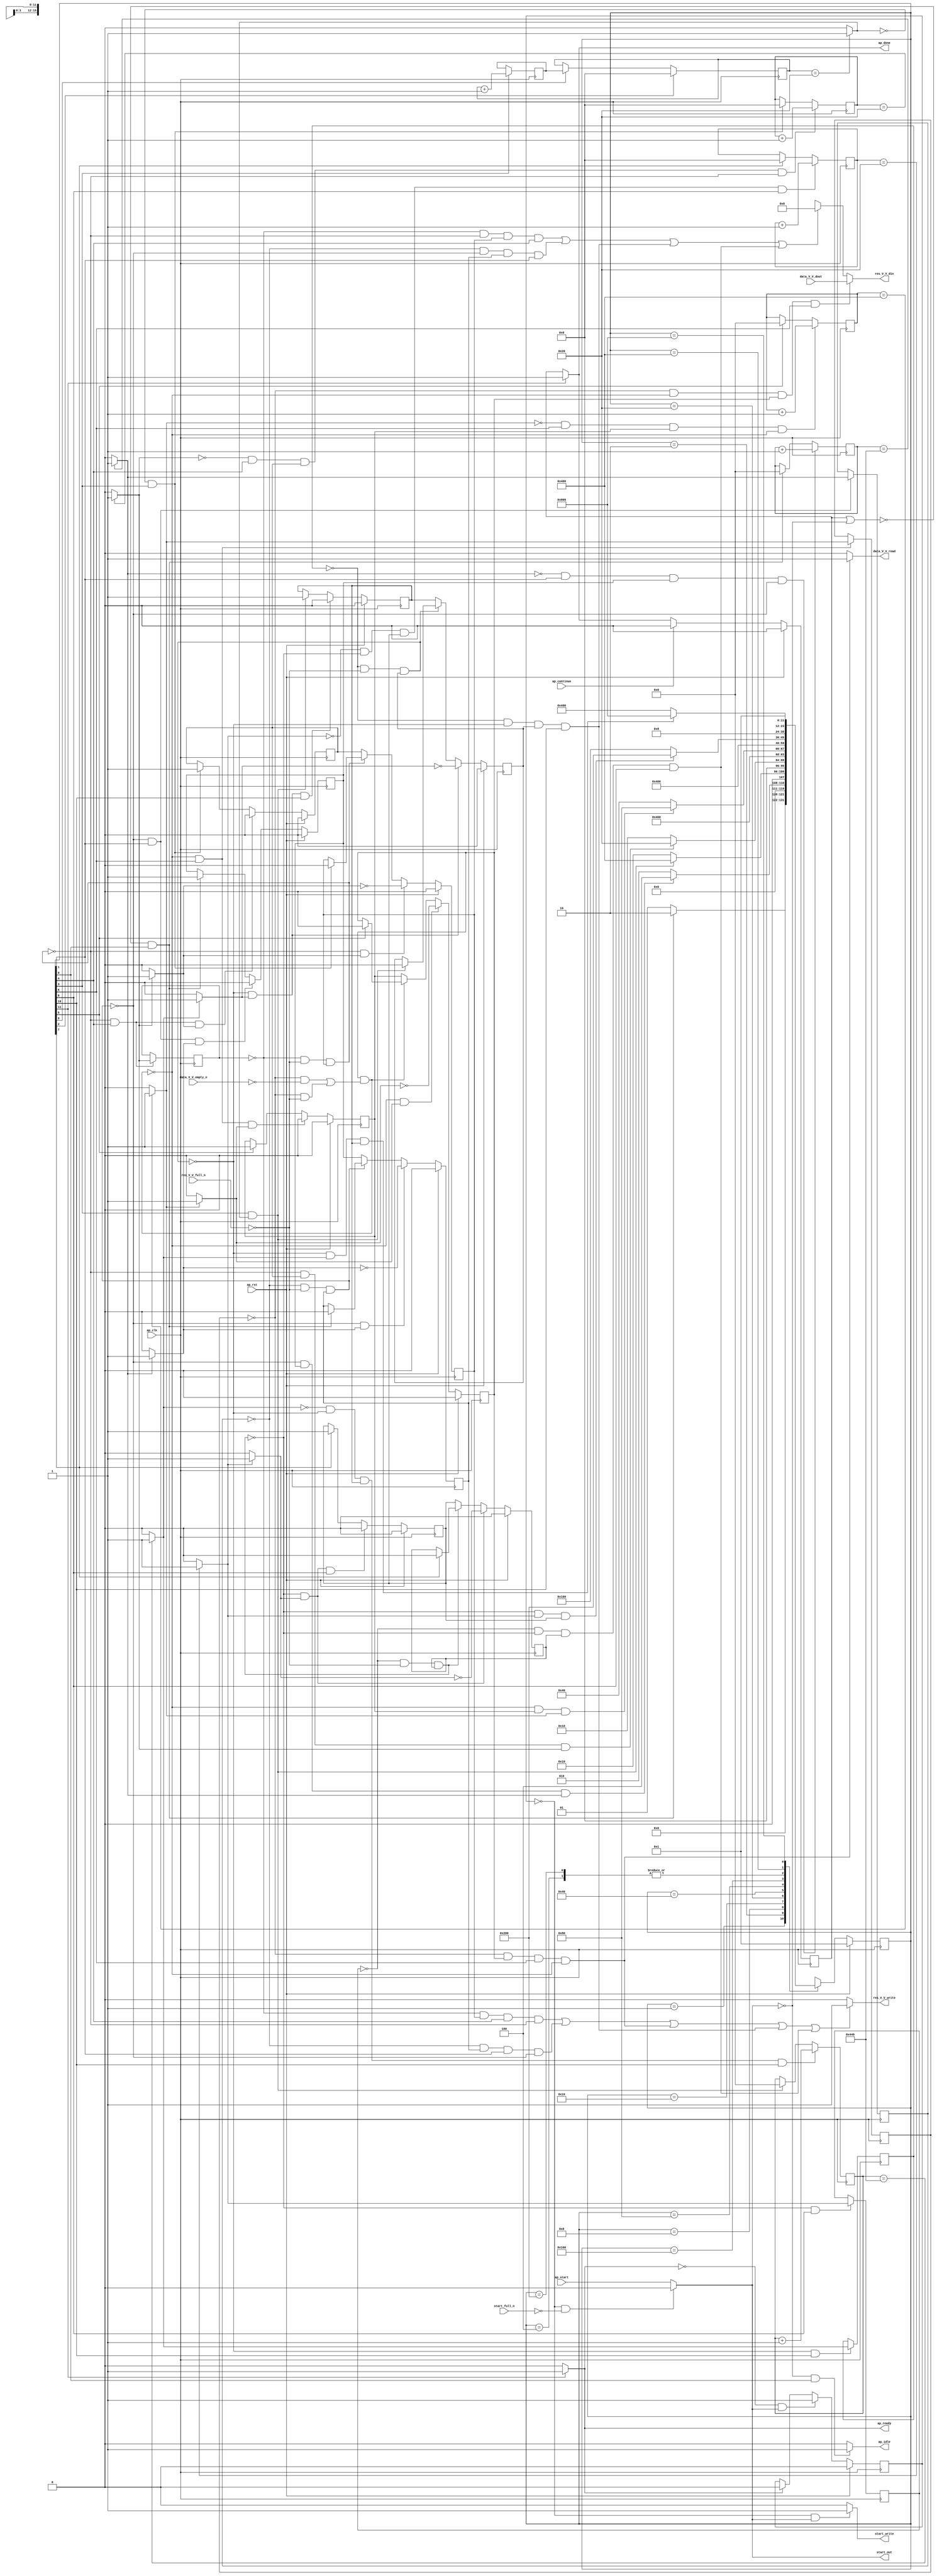
// ==============================================================
// RTL generated by Vivado(TM) HLS - High-Level Synthesis from C, C++ and OpenCL
// Version: 2019.2
// Copyright (C) 1986-2019 Xilinx, Inc. All Rights Reserved.
// 
// ===========================================================

`timescale 1 ns / 1 ps 

module zeropad2d_cl_ss_ap_fixed_ap_fixed_config29_s (
        ap_clk,
        ap_rst,
        ap_start,
        start_full_n,
        ap_done,
        ap_continue,
        ap_idle,
        ap_ready,
        start_out,
        start_write,
        data_V_V_dout,
        data_V_V_empty_n,
        data_V_V_read,
        res_V_V_din,
        res_V_V_full_n,
        res_V_V_write
);

parameter    ap_ST_fsm_state1 = 12'd1;
parameter    ap_ST_fsm_pp0_stage0 = 12'd2;
parameter    ap_ST_fsm_state4 = 12'd4;
parameter    ap_ST_fsm_state5 = 12'd8;
parameter    ap_ST_fsm_pp1_stage0 = 12'd16;
parameter    ap_ST_fsm_state8 = 12'd32;
parameter    ap_ST_fsm_pp2_stage0 = 12'd64;
parameter    ap_ST_fsm_state11 = 12'd128;
parameter    ap_ST_fsm_pp3_stage0 = 12'd256;
parameter    ap_ST_fsm_state14 = 12'd512;
parameter    ap_ST_fsm_pp4_stage0 = 12'd1024;
parameter    ap_ST_fsm_state17 = 12'd2048;

input   ap_clk;
input   ap_rst;
input   ap_start;
input   start_full_n;
output   ap_done;
input   ap_continue;
output   ap_idle;
output   ap_ready;
output   start_out;
output   start_write;
input  [15:0] data_V_V_dout;
input   data_V_V_empty_n;
output   data_V_V_read;
output  [15:0] res_V_V_din;
input   res_V_V_full_n;
output   res_V_V_write;

reg ap_done;
reg ap_idle;
reg start_write;
reg data_V_V_read;
reg[15:0] res_V_V_din;
reg res_V_V_write;

reg    real_start;
reg    start_once_reg;
reg    ap_done_reg;
(* fsm_encoding = "none" *) reg   [11:0] ap_CS_fsm;
wire    ap_CS_fsm_state1;
reg    internal_ap_ready;
reg    data_V_V_blk_n;
wire    ap_CS_fsm_pp2_stage0;
reg    ap_enable_reg_pp2_iter1;
wire    ap_block_pp2_stage0;
reg   [0:0] icmp_ln121_reg_280;
reg    res_V_V_blk_n;
wire    ap_CS_fsm_pp0_stage0;
reg    ap_enable_reg_pp0_iter1;
wire    ap_block_pp0_stage0;
reg   [0:0] icmp_ln112_reg_253;
wire    ap_CS_fsm_pp1_stage0;
reg    ap_enable_reg_pp1_iter1;
wire    ap_block_pp1_stage0;
reg   [0:0] icmp_ln24_reg_271;
wire    ap_CS_fsm_pp3_stage0;
reg    ap_enable_reg_pp3_iter1;
wire    ap_block_pp3_stage0;
reg   [0:0] icmp_ln24_4_reg_289;
wire    ap_CS_fsm_pp4_stage0;
reg    ap_enable_reg_pp4_iter1;
wire    ap_block_pp4_stage0;
reg   [0:0] icmp_ln130_reg_298;
reg   [10:0] indvar_flatten_reg_115;
reg   [5:0] c_0_i28_reg_137;
reg   [10:0] indvar_flatten11_reg_148;
reg   [5:0] c_0_i22_reg_159;
reg   [10:0] indvar_flatten23_reg_170;
wire   [0:0] icmp_ln112_fu_181_p2;
wire    ap_block_state2_pp0_stage0_iter0;
reg    ap_block_state3_pp0_stage0_iter1;
reg    ap_block_pp0_stage0_11001;
wire   [10:0] add_ln112_fu_187_p2;
reg    ap_enable_reg_pp0_iter0;
wire   [0:0] icmp_ln117_fu_193_p2;
wire    ap_CS_fsm_state5;
wire   [5:0] i_fu_199_p2;
reg   [5:0] i_reg_266;
wire   [0:0] icmp_ln24_fu_205_p2;
wire    ap_block_state6_pp1_stage0_iter0;
reg    ap_block_state7_pp1_stage0_iter1;
reg    ap_block_pp1_stage0_11001;
wire   [5:0] c_fu_211_p2;
reg    ap_enable_reg_pp1_iter0;
wire   [0:0] icmp_ln121_fu_217_p2;
wire    ap_block_state9_pp2_stage0_iter0;
reg    ap_block_state10_pp2_stage0_iter1;
reg    ap_block_pp2_stage0_11001;
wire   [10:0] add_ln121_fu_223_p2;
reg    ap_enable_reg_pp2_iter0;
wire   [0:0] icmp_ln24_4_fu_229_p2;
wire    ap_block_state12_pp3_stage0_iter0;
reg    ap_block_state13_pp3_stage0_iter1;
reg    ap_block_pp3_stage0_11001;
wire   [5:0] c_4_fu_235_p2;
reg    ap_enable_reg_pp3_iter0;
wire   [0:0] icmp_ln130_fu_241_p2;
wire    ap_block_state15_pp4_stage0_iter0;
reg    ap_block_state16_pp4_stage0_iter1;
reg    ap_block_pp4_stage0_11001;
wire   [10:0] add_ln130_fu_247_p2;
reg    ap_enable_reg_pp4_iter0;
reg    ap_block_state1;
reg    ap_block_pp0_stage0_subdone;
reg    ap_condition_pp0_exit_iter0_state2;
reg    ap_block_pp1_stage0_subdone;
reg    ap_condition_pp1_exit_iter0_state6;
wire    ap_CS_fsm_state8;
reg    ap_block_pp2_stage0_subdone;
reg    ap_condition_pp2_exit_iter0_state9;
wire    ap_CS_fsm_state11;
reg    ap_block_pp3_stage0_subdone;
reg    ap_condition_pp3_exit_iter0_state12;
reg    ap_block_pp4_stage0_subdone;
reg    ap_condition_pp4_exit_iter0_state15;
reg   [5:0] i1_0_reg_126;
wire    ap_CS_fsm_state14;
wire    ap_CS_fsm_state4;
reg    ap_block_pp0_stage0_01001;
reg    ap_block_pp1_stage0_01001;
reg    ap_block_pp2_stage0_01001;
reg    ap_block_pp3_stage0_01001;
reg    ap_block_pp4_stage0_01001;
wire    ap_CS_fsm_state17;
reg   [11:0] ap_NS_fsm;
reg    ap_idle_pp0;
wire    ap_enable_pp0;
reg    ap_idle_pp1;
wire    ap_enable_pp1;
reg    ap_idle_pp2;
wire    ap_enable_pp2;
reg    ap_idle_pp3;
wire    ap_enable_pp3;
reg    ap_idle_pp4;
wire    ap_enable_pp4;

// power-on initialization
initial begin
#0 start_once_reg = 1'b0;
#0 ap_done_reg = 1'b0;
#0 ap_CS_fsm = 12'd1;
#0 ap_enable_reg_pp2_iter1 = 1'b0;
#0 ap_enable_reg_pp0_iter1 = 1'b0;
#0 ap_enable_reg_pp1_iter1 = 1'b0;
#0 ap_enable_reg_pp3_iter1 = 1'b0;
#0 ap_enable_reg_pp4_iter1 = 1'b0;
#0 ap_enable_reg_pp0_iter0 = 1'b0;
#0 ap_enable_reg_pp1_iter0 = 1'b0;
#0 ap_enable_reg_pp2_iter0 = 1'b0;
#0 ap_enable_reg_pp3_iter0 = 1'b0;
#0 ap_enable_reg_pp4_iter0 = 1'b0;
end

always @ (posedge ap_clk) begin
    if (ap_rst == 1'b1) begin
        ap_CS_fsm <= ap_ST_fsm_state1;
    end else begin
        ap_CS_fsm <= ap_NS_fsm;
    end
end

always @ (posedge ap_clk) begin
    if (ap_rst == 1'b1) begin
        ap_done_reg <= 1'b0;
    end else begin
        if ((ap_continue == 1'b1)) begin
            ap_done_reg <= 1'b0;
        end else if ((1'b1 == ap_CS_fsm_state17)) begin
            ap_done_reg <= 1'b1;
        end
    end
end

always @ (posedge ap_clk) begin
    if (ap_rst == 1'b1) begin
        ap_enable_reg_pp0_iter0 <= 1'b0;
    end else begin
        if (((1'b0 == ap_block_pp0_stage0_subdone) & (1'b1 == ap_CS_fsm_pp0_stage0) & (1'b1 == ap_condition_pp0_exit_iter0_state2))) begin
            ap_enable_reg_pp0_iter0 <= 1'b0;
        end else if ((~((ap_done_reg == 1'b1) | (real_start == 1'b0)) & (1'b1 == ap_CS_fsm_state1))) begin
            ap_enable_reg_pp0_iter0 <= 1'b1;
        end
    end
end

always @ (posedge ap_clk) begin
    if (ap_rst == 1'b1) begin
        ap_enable_reg_pp0_iter1 <= 1'b0;
    end else begin
        if (((1'b0 == ap_block_pp0_stage0_subdone) & (1'b1 == ap_condition_pp0_exit_iter0_state2))) begin
            ap_enable_reg_pp0_iter1 <= (1'b1 ^ ap_condition_pp0_exit_iter0_state2);
        end else if ((1'b0 == ap_block_pp0_stage0_subdone)) begin
            ap_enable_reg_pp0_iter1 <= ap_enable_reg_pp0_iter0;
        end else if ((~((ap_done_reg == 1'b1) | (real_start == 1'b0)) & (1'b1 == ap_CS_fsm_state1))) begin
            ap_enable_reg_pp0_iter1 <= 1'b0;
        end
    end
end

always @ (posedge ap_clk) begin
    if (ap_rst == 1'b1) begin
        ap_enable_reg_pp1_iter0 <= 1'b0;
    end else begin
        if (((1'b0 == ap_block_pp1_stage0_subdone) & (1'b1 == ap_CS_fsm_pp1_stage0) & (1'b1 == ap_condition_pp1_exit_iter0_state6))) begin
            ap_enable_reg_pp1_iter0 <= 1'b0;
        end else if (((icmp_ln117_fu_193_p2 == 1'd0) & (1'b1 == ap_CS_fsm_state5))) begin
            ap_enable_reg_pp1_iter0 <= 1'b1;
        end
    end
end

always @ (posedge ap_clk) begin
    if (ap_rst == 1'b1) begin
        ap_enable_reg_pp1_iter1 <= 1'b0;
    end else begin
        if (((1'b0 == ap_block_pp1_stage0_subdone) & (1'b1 == ap_condition_pp1_exit_iter0_state6))) begin
            ap_enable_reg_pp1_iter1 <= (1'b1 ^ ap_condition_pp1_exit_iter0_state6);
        end else if ((1'b0 == ap_block_pp1_stage0_subdone)) begin
            ap_enable_reg_pp1_iter1 <= ap_enable_reg_pp1_iter0;
        end else if (((icmp_ln117_fu_193_p2 == 1'd0) & (1'b1 == ap_CS_fsm_state5))) begin
            ap_enable_reg_pp1_iter1 <= 1'b0;
        end
    end
end

always @ (posedge ap_clk) begin
    if (ap_rst == 1'b1) begin
        ap_enable_reg_pp2_iter0 <= 1'b0;
    end else begin
        if (((1'b0 == ap_block_pp2_stage0_subdone) & (1'b1 == ap_CS_fsm_pp2_stage0) & (1'b1 == ap_condition_pp2_exit_iter0_state9))) begin
            ap_enable_reg_pp2_iter0 <= 1'b0;
        end else if ((1'b1 == ap_CS_fsm_state8)) begin
            ap_enable_reg_pp2_iter0 <= 1'b1;
        end
    end
end

always @ (posedge ap_clk) begin
    if (ap_rst == 1'b1) begin
        ap_enable_reg_pp2_iter1 <= 1'b0;
    end else begin
        if (((1'b0 == ap_block_pp2_stage0_subdone) & (1'b1 == ap_condition_pp2_exit_iter0_state9))) begin
            ap_enable_reg_pp2_iter1 <= (1'b1 ^ ap_condition_pp2_exit_iter0_state9);
        end else if ((1'b0 == ap_block_pp2_stage0_subdone)) begin
            ap_enable_reg_pp2_iter1 <= ap_enable_reg_pp2_iter0;
        end else if ((1'b1 == ap_CS_fsm_state8)) begin
            ap_enable_reg_pp2_iter1 <= 1'b0;
        end
    end
end

always @ (posedge ap_clk) begin
    if (ap_rst == 1'b1) begin
        ap_enable_reg_pp3_iter0 <= 1'b0;
    end else begin
        if (((1'b0 == ap_block_pp3_stage0_subdone) & (1'b1 == ap_condition_pp3_exit_iter0_state12) & (1'b1 == ap_CS_fsm_pp3_stage0))) begin
            ap_enable_reg_pp3_iter0 <= 1'b0;
        end else if ((1'b1 == ap_CS_fsm_state11)) begin
            ap_enable_reg_pp3_iter0 <= 1'b1;
        end
    end
end

always @ (posedge ap_clk) begin
    if (ap_rst == 1'b1) begin
        ap_enable_reg_pp3_iter1 <= 1'b0;
    end else begin
        if (((1'b0 == ap_block_pp3_stage0_subdone) & (1'b1 == ap_condition_pp3_exit_iter0_state12))) begin
            ap_enable_reg_pp3_iter1 <= (1'b1 ^ ap_condition_pp3_exit_iter0_state12);
        end else if ((1'b0 == ap_block_pp3_stage0_subdone)) begin
            ap_enable_reg_pp3_iter1 <= ap_enable_reg_pp3_iter0;
        end else if ((1'b1 == ap_CS_fsm_state11)) begin
            ap_enable_reg_pp3_iter1 <= 1'b0;
        end
    end
end

always @ (posedge ap_clk) begin
    if (ap_rst == 1'b1) begin
        ap_enable_reg_pp4_iter0 <= 1'b0;
    end else begin
        if (((1'b0 == ap_block_pp4_stage0_subdone) & (1'b1 == ap_condition_pp4_exit_iter0_state15) & (1'b1 == ap_CS_fsm_pp4_stage0))) begin
            ap_enable_reg_pp4_iter0 <= 1'b0;
        end else if (((1'b1 == ap_CS_fsm_state5) & (icmp_ln117_fu_193_p2 == 1'd1))) begin
            ap_enable_reg_pp4_iter0 <= 1'b1;
        end
    end
end

always @ (posedge ap_clk) begin
    if (ap_rst == 1'b1) begin
        ap_enable_reg_pp4_iter1 <= 1'b0;
    end else begin
        if (((1'b0 == ap_block_pp4_stage0_subdone) & (1'b1 == ap_condition_pp4_exit_iter0_state15))) begin
            ap_enable_reg_pp4_iter1 <= (1'b1 ^ ap_condition_pp4_exit_iter0_state15);
        end else if ((1'b0 == ap_block_pp4_stage0_subdone)) begin
            ap_enable_reg_pp4_iter1 <= ap_enable_reg_pp4_iter0;
        end else if (((1'b1 == ap_CS_fsm_state5) & (icmp_ln117_fu_193_p2 == 1'd1))) begin
            ap_enable_reg_pp4_iter1 <= 1'b0;
        end
    end
end

always @ (posedge ap_clk) begin
    if (ap_rst == 1'b1) begin
        start_once_reg <= 1'b0;
    end else begin
        if (((internal_ap_ready == 1'b0) & (real_start == 1'b1))) begin
            start_once_reg <= 1'b1;
        end else if ((internal_ap_ready == 1'b1)) begin
            start_once_reg <= 1'b0;
        end
    end
end

always @ (posedge ap_clk) begin
    if (((icmp_ln24_4_fu_229_p2 == 1'd0) & (1'b0 == ap_block_pp3_stage0_11001) & (ap_enable_reg_pp3_iter0 == 1'b1) & (1'b1 == ap_CS_fsm_pp3_stage0))) begin
        c_0_i22_reg_159 <= c_4_fu_235_p2;
    end else if ((1'b1 == ap_CS_fsm_state11)) begin
        c_0_i22_reg_159 <= 6'd0;
    end
end

always @ (posedge ap_clk) begin
    if (((icmp_ln24_fu_205_p2 == 1'd0) & (1'b1 == ap_CS_fsm_pp1_stage0) & (ap_enable_reg_pp1_iter0 == 1'b1) & (1'b0 == ap_block_pp1_stage0_11001))) begin
        c_0_i28_reg_137 <= c_fu_211_p2;
    end else if (((icmp_ln117_fu_193_p2 == 1'd0) & (1'b1 == ap_CS_fsm_state5))) begin
        c_0_i28_reg_137 <= 6'd0;
    end
end

always @ (posedge ap_clk) begin
    if ((1'b1 == ap_CS_fsm_state4)) begin
        i1_0_reg_126 <= 6'd0;
    end else if ((1'b1 == ap_CS_fsm_state14)) begin
        i1_0_reg_126 <= i_reg_266;
    end
end

always @ (posedge ap_clk) begin
    if (((icmp_ln121_fu_217_p2 == 1'd0) & (1'b1 == ap_CS_fsm_pp2_stage0) & (ap_enable_reg_pp2_iter0 == 1'b1) & (1'b0 == ap_block_pp2_stage0_11001))) begin
        indvar_flatten11_reg_148 <= add_ln121_fu_223_p2;
    end else if ((1'b1 == ap_CS_fsm_state8)) begin
        indvar_flatten11_reg_148 <= 11'd0;
    end
end

always @ (posedge ap_clk) begin
    if (((icmp_ln130_fu_241_p2 == 1'd0) & (1'b0 == ap_block_pp4_stage0_11001) & (ap_enable_reg_pp4_iter0 == 1'b1) & (1'b1 == ap_CS_fsm_pp4_stage0))) begin
        indvar_flatten23_reg_170 <= add_ln130_fu_247_p2;
    end else if (((1'b1 == ap_CS_fsm_state5) & (icmp_ln117_fu_193_p2 == 1'd1))) begin
        indvar_flatten23_reg_170 <= 11'd0;
    end
end

always @ (posedge ap_clk) begin
    if (((icmp_ln112_fu_181_p2 == 1'd0) & (1'b1 == ap_CS_fsm_pp0_stage0) & (ap_enable_reg_pp0_iter0 == 1'b1) & (1'b0 == ap_block_pp0_stage0_11001))) begin
        indvar_flatten_reg_115 <= add_ln112_fu_187_p2;
    end else if ((~((ap_done_reg == 1'b1) | (real_start == 1'b0)) & (1'b1 == ap_CS_fsm_state1))) begin
        indvar_flatten_reg_115 <= 11'd0;
    end
end

always @ (posedge ap_clk) begin
    if ((1'b1 == ap_CS_fsm_state5)) begin
        i_reg_266 <= i_fu_199_p2;
    end
end

always @ (posedge ap_clk) begin
    if (((1'b1 == ap_CS_fsm_pp0_stage0) & (1'b0 == ap_block_pp0_stage0_11001))) begin
        icmp_ln112_reg_253 <= icmp_ln112_fu_181_p2;
    end
end

always @ (posedge ap_clk) begin
    if (((1'b1 == ap_CS_fsm_pp2_stage0) & (1'b0 == ap_block_pp2_stage0_11001))) begin
        icmp_ln121_reg_280 <= icmp_ln121_fu_217_p2;
    end
end

always @ (posedge ap_clk) begin
    if (((1'b0 == ap_block_pp4_stage0_11001) & (1'b1 == ap_CS_fsm_pp4_stage0))) begin
        icmp_ln130_reg_298 <= icmp_ln130_fu_241_p2;
    end
end

always @ (posedge ap_clk) begin
    if (((1'b0 == ap_block_pp3_stage0_11001) & (1'b1 == ap_CS_fsm_pp3_stage0))) begin
        icmp_ln24_4_reg_289 <= icmp_ln24_4_fu_229_p2;
    end
end

always @ (posedge ap_clk) begin
    if (((1'b1 == ap_CS_fsm_pp1_stage0) & (1'b0 == ap_block_pp1_stage0_11001))) begin
        icmp_ln24_reg_271 <= icmp_ln24_fu_205_p2;
    end
end

always @ (*) begin
    if ((icmp_ln112_fu_181_p2 == 1'd1)) begin
        ap_condition_pp0_exit_iter0_state2 = 1'b1;
    end else begin
        ap_condition_pp0_exit_iter0_state2 = 1'b0;
    end
end

always @ (*) begin
    if ((icmp_ln24_fu_205_p2 == 1'd1)) begin
        ap_condition_pp1_exit_iter0_state6 = 1'b1;
    end else begin
        ap_condition_pp1_exit_iter0_state6 = 1'b0;
    end
end

always @ (*) begin
    if ((icmp_ln121_fu_217_p2 == 1'd1)) begin
        ap_condition_pp2_exit_iter0_state9 = 1'b1;
    end else begin
        ap_condition_pp2_exit_iter0_state9 = 1'b0;
    end
end

always @ (*) begin
    if ((icmp_ln24_4_fu_229_p2 == 1'd1)) begin
        ap_condition_pp3_exit_iter0_state12 = 1'b1;
    end else begin
        ap_condition_pp3_exit_iter0_state12 = 1'b0;
    end
end

always @ (*) begin
    if ((icmp_ln130_fu_241_p2 == 1'd1)) begin
        ap_condition_pp4_exit_iter0_state15 = 1'b1;
    end else begin
        ap_condition_pp4_exit_iter0_state15 = 1'b0;
    end
end

always @ (*) begin
    if ((1'b1 == ap_CS_fsm_state17)) begin
        ap_done = 1'b1;
    end else begin
        ap_done = ap_done_reg;
    end
end

always @ (*) begin
    if (((real_start == 1'b0) & (1'b1 == ap_CS_fsm_state1))) begin
        ap_idle = 1'b1;
    end else begin
        ap_idle = 1'b0;
    end
end

always @ (*) begin
    if (((ap_enable_reg_pp0_iter1 == 1'b0) & (ap_enable_reg_pp0_iter0 == 1'b0))) begin
        ap_idle_pp0 = 1'b1;
    end else begin
        ap_idle_pp0 = 1'b0;
    end
end

always @ (*) begin
    if (((ap_enable_reg_pp1_iter1 == 1'b0) & (ap_enable_reg_pp1_iter0 == 1'b0))) begin
        ap_idle_pp1 = 1'b1;
    end else begin
        ap_idle_pp1 = 1'b0;
    end
end

always @ (*) begin
    if (((ap_enable_reg_pp2_iter1 == 1'b0) & (ap_enable_reg_pp2_iter0 == 1'b0))) begin
        ap_idle_pp2 = 1'b1;
    end else begin
        ap_idle_pp2 = 1'b0;
    end
end

always @ (*) begin
    if (((ap_enable_reg_pp3_iter0 == 1'b0) & (ap_enable_reg_pp3_iter1 == 1'b0))) begin
        ap_idle_pp3 = 1'b1;
    end else begin
        ap_idle_pp3 = 1'b0;
    end
end

always @ (*) begin
    if (((ap_enable_reg_pp4_iter0 == 1'b0) & (ap_enable_reg_pp4_iter1 == 1'b0))) begin
        ap_idle_pp4 = 1'b1;
    end else begin
        ap_idle_pp4 = 1'b0;
    end
end

always @ (*) begin
    if (((icmp_ln121_reg_280 == 1'd0) & (1'b0 == ap_block_pp2_stage0) & (ap_enable_reg_pp2_iter1 == 1'b1) & (1'b1 == ap_CS_fsm_pp2_stage0))) begin
        data_V_V_blk_n = data_V_V_empty_n;
    end else begin
        data_V_V_blk_n = 1'b1;
    end
end

always @ (*) begin
    if (((icmp_ln121_reg_280 == 1'd0) & (ap_enable_reg_pp2_iter1 == 1'b1) & (1'b1 == ap_CS_fsm_pp2_stage0) & (1'b0 == ap_block_pp2_stage0_11001))) begin
        data_V_V_read = 1'b1;
    end else begin
        data_V_V_read = 1'b0;
    end
end

always @ (*) begin
    if ((1'b1 == ap_CS_fsm_state17)) begin
        internal_ap_ready = 1'b1;
    end else begin
        internal_ap_ready = 1'b0;
    end
end

always @ (*) begin
    if (((start_once_reg == 1'b0) & (start_full_n == 1'b0))) begin
        real_start = 1'b0;
    end else begin
        real_start = ap_start;
    end
end

always @ (*) begin
    if ((((1'b0 == ap_block_pp1_stage0) & (icmp_ln24_reg_271 == 1'd0) & (ap_enable_reg_pp1_iter1 == 1'b1) & (1'b1 == ap_CS_fsm_pp1_stage0)) | ((1'b0 == ap_block_pp0_stage0) & (icmp_ln112_reg_253 == 1'd0) & (ap_enable_reg_pp0_iter1 == 1'b1) & (1'b1 == ap_CS_fsm_pp0_stage0)) | ((icmp_ln121_reg_280 == 1'd0) & (1'b0 == ap_block_pp2_stage0) & (ap_enable_reg_pp2_iter1 == 1'b1) & (1'b1 == ap_CS_fsm_pp2_stage0)) | ((icmp_ln130_reg_298 == 1'd0) & (ap_enable_reg_pp4_iter1 == 1'b1) & (1'b1 == ap_CS_fsm_pp4_stage0) & (1'b0 == ap_block_pp4_stage0)) | ((icmp_ln24_4_reg_289 == 1'd0) & (ap_enable_reg_pp3_iter1 == 1'b1) & (1'b1 == ap_CS_fsm_pp3_stage0) & (1'b0 == ap_block_pp3_stage0)))) begin
        res_V_V_blk_n = res_V_V_full_n;
    end else begin
        res_V_V_blk_n = 1'b1;
    end
end

always @ (*) begin
    if (((icmp_ln121_reg_280 == 1'd0) & (1'b0 == ap_block_pp2_stage0_01001) & (ap_enable_reg_pp2_iter1 == 1'b1) & (1'b1 == ap_CS_fsm_pp2_stage0))) begin
        res_V_V_din = data_V_V_dout;
    end else if ((((icmp_ln24_reg_271 == 1'd0) & (1'b0 == ap_block_pp1_stage0_01001) & (ap_enable_reg_pp1_iter1 == 1'b1) & (1'b1 == ap_CS_fsm_pp1_stage0)) | ((icmp_ln112_reg_253 == 1'd0) & (1'b0 == ap_block_pp0_stage0_01001) & (ap_enable_reg_pp0_iter1 == 1'b1) & (1'b1 == ap_CS_fsm_pp0_stage0)) | ((icmp_ln130_reg_298 == 1'd0) & (1'b0 == ap_block_pp4_stage0_01001) & (ap_enable_reg_pp4_iter1 == 1'b1) & (1'b1 == ap_CS_fsm_pp4_stage0)) | ((icmp_ln24_4_reg_289 == 1'd0) & (1'b0 == ap_block_pp3_stage0_01001) & (ap_enable_reg_pp3_iter1 == 1'b1) & (1'b1 == ap_CS_fsm_pp3_stage0)))) begin
        res_V_V_din = 16'd0;
    end else begin
        res_V_V_din = 'bx;
    end
end

always @ (*) begin
    if ((((icmp_ln24_reg_271 == 1'd0) & (ap_enable_reg_pp1_iter1 == 1'b1) & (1'b1 == ap_CS_fsm_pp1_stage0) & (1'b0 == ap_block_pp1_stage0_11001)) | ((icmp_ln112_reg_253 == 1'd0) & (ap_enable_reg_pp0_iter1 == 1'b1) & (1'b1 == ap_CS_fsm_pp0_stage0) & (1'b0 == ap_block_pp0_stage0_11001)) | ((icmp_ln121_reg_280 == 1'd0) & (ap_enable_reg_pp2_iter1 == 1'b1) & (1'b1 == ap_CS_fsm_pp2_stage0) & (1'b0 == ap_block_pp2_stage0_11001)) | ((icmp_ln130_reg_298 == 1'd0) & (1'b0 == ap_block_pp4_stage0_11001) & (ap_enable_reg_pp4_iter1 == 1'b1) & (1'b1 == ap_CS_fsm_pp4_stage0)) | ((icmp_ln24_4_reg_289 == 1'd0) & (1'b0 == ap_block_pp3_stage0_11001) & (ap_enable_reg_pp3_iter1 == 1'b1) & (1'b1 == ap_CS_fsm_pp3_stage0)))) begin
        res_V_V_write = 1'b1;
    end else begin
        res_V_V_write = 1'b0;
    end
end

always @ (*) begin
    if (((start_once_reg == 1'b0) & (real_start == 1'b1))) begin
        start_write = 1'b1;
    end else begin
        start_write = 1'b0;
    end
end

always @ (*) begin
    case (ap_CS_fsm)
        ap_ST_fsm_state1 : begin
            if ((~((ap_done_reg == 1'b1) | (real_start == 1'b0)) & (1'b1 == ap_CS_fsm_state1))) begin
                ap_NS_fsm = ap_ST_fsm_pp0_stage0;
            end else begin
                ap_NS_fsm = ap_ST_fsm_state1;
            end
        end
        ap_ST_fsm_pp0_stage0 : begin
            if (~((1'b0 == ap_block_pp0_stage0_subdone) & (ap_enable_reg_pp0_iter0 == 1'b1) & (icmp_ln112_fu_181_p2 == 1'd1))) begin
                ap_NS_fsm = ap_ST_fsm_pp0_stage0;
            end else if (((1'b0 == ap_block_pp0_stage0_subdone) & (ap_enable_reg_pp0_iter0 == 1'b1) & (icmp_ln112_fu_181_p2 == 1'd1))) begin
                ap_NS_fsm = ap_ST_fsm_state4;
            end else begin
                ap_NS_fsm = ap_ST_fsm_pp0_stage0;
            end
        end
        ap_ST_fsm_state4 : begin
            ap_NS_fsm = ap_ST_fsm_state5;
        end
        ap_ST_fsm_state5 : begin
            if (((1'b1 == ap_CS_fsm_state5) & (icmp_ln117_fu_193_p2 == 1'd1))) begin
                ap_NS_fsm = ap_ST_fsm_pp4_stage0;
            end else begin
                ap_NS_fsm = ap_ST_fsm_pp1_stage0;
            end
        end
        ap_ST_fsm_pp1_stage0 : begin
            if (~((1'b0 == ap_block_pp1_stage0_subdone) & (ap_enable_reg_pp1_iter0 == 1'b1) & (icmp_ln24_fu_205_p2 == 1'd1))) begin
                ap_NS_fsm = ap_ST_fsm_pp1_stage0;
            end else if (((1'b0 == ap_block_pp1_stage0_subdone) & (ap_enable_reg_pp1_iter0 == 1'b1) & (icmp_ln24_fu_205_p2 == 1'd1))) begin
                ap_NS_fsm = ap_ST_fsm_state8;
            end else begin
                ap_NS_fsm = ap_ST_fsm_pp1_stage0;
            end
        end
        ap_ST_fsm_state8 : begin
            ap_NS_fsm = ap_ST_fsm_pp2_stage0;
        end
        ap_ST_fsm_pp2_stage0 : begin
            if (~((1'b0 == ap_block_pp2_stage0_subdone) & (ap_enable_reg_pp2_iter0 == 1'b1) & (icmp_ln121_fu_217_p2 == 1'd1))) begin
                ap_NS_fsm = ap_ST_fsm_pp2_stage0;
            end else if (((1'b0 == ap_block_pp2_stage0_subdone) & (ap_enable_reg_pp2_iter0 == 1'b1) & (icmp_ln121_fu_217_p2 == 1'd1))) begin
                ap_NS_fsm = ap_ST_fsm_state11;
            end else begin
                ap_NS_fsm = ap_ST_fsm_pp2_stage0;
            end
        end
        ap_ST_fsm_state11 : begin
            ap_NS_fsm = ap_ST_fsm_pp3_stage0;
        end
        ap_ST_fsm_pp3_stage0 : begin
            if (~((1'b0 == ap_block_pp3_stage0_subdone) & (icmp_ln24_4_fu_229_p2 == 1'd1) & (ap_enable_reg_pp3_iter0 == 1'b1))) begin
                ap_NS_fsm = ap_ST_fsm_pp3_stage0;
            end else if (((1'b0 == ap_block_pp3_stage0_subdone) & (icmp_ln24_4_fu_229_p2 == 1'd1) & (ap_enable_reg_pp3_iter0 == 1'b1))) begin
                ap_NS_fsm = ap_ST_fsm_state14;
            end else begin
                ap_NS_fsm = ap_ST_fsm_pp3_stage0;
            end
        end
        ap_ST_fsm_state14 : begin
            ap_NS_fsm = ap_ST_fsm_state5;
        end
        ap_ST_fsm_pp4_stage0 : begin
            if (~((1'b0 == ap_block_pp4_stage0_subdone) & (icmp_ln130_fu_241_p2 == 1'd1) & (ap_enable_reg_pp4_iter0 == 1'b1))) begin
                ap_NS_fsm = ap_ST_fsm_pp4_stage0;
            end else if (((1'b0 == ap_block_pp4_stage0_subdone) & (icmp_ln130_fu_241_p2 == 1'd1) & (ap_enable_reg_pp4_iter0 == 1'b1))) begin
                ap_NS_fsm = ap_ST_fsm_state17;
            end else begin
                ap_NS_fsm = ap_ST_fsm_pp4_stage0;
            end
        end
        ap_ST_fsm_state17 : begin
            ap_NS_fsm = ap_ST_fsm_state1;
        end
        default : begin
            ap_NS_fsm = 'bx;
        end
    endcase
end

assign add_ln112_fu_187_p2 = (indvar_flatten_reg_115 + 11'd1);

assign add_ln121_fu_223_p2 = (indvar_flatten11_reg_148 + 11'd1);

assign add_ln130_fu_247_p2 = (indvar_flatten23_reg_170 + 11'd1);

assign ap_CS_fsm_pp0_stage0 = ap_CS_fsm[32'd1];

assign ap_CS_fsm_pp1_stage0 = ap_CS_fsm[32'd4];

assign ap_CS_fsm_pp2_stage0 = ap_CS_fsm[32'd6];

assign ap_CS_fsm_pp3_stage0 = ap_CS_fsm[32'd8];

assign ap_CS_fsm_pp4_stage0 = ap_CS_fsm[32'd10];

assign ap_CS_fsm_state1 = ap_CS_fsm[32'd0];

assign ap_CS_fsm_state11 = ap_CS_fsm[32'd7];

assign ap_CS_fsm_state14 = ap_CS_fsm[32'd9];

assign ap_CS_fsm_state17 = ap_CS_fsm[32'd11];

assign ap_CS_fsm_state4 = ap_CS_fsm[32'd2];

assign ap_CS_fsm_state5 = ap_CS_fsm[32'd3];

assign ap_CS_fsm_state8 = ap_CS_fsm[32'd5];

assign ap_block_pp0_stage0 = ~(1'b1 == 1'b1);

always @ (*) begin
    ap_block_pp0_stage0_01001 = ((icmp_ln112_reg_253 == 1'd0) & (res_V_V_full_n == 1'b0) & (ap_enable_reg_pp0_iter1 == 1'b1));
end

always @ (*) begin
    ap_block_pp0_stage0_11001 = ((icmp_ln112_reg_253 == 1'd0) & (res_V_V_full_n == 1'b0) & (ap_enable_reg_pp0_iter1 == 1'b1));
end

always @ (*) begin
    ap_block_pp0_stage0_subdone = ((icmp_ln112_reg_253 == 1'd0) & (res_V_V_full_n == 1'b0) & (ap_enable_reg_pp0_iter1 == 1'b1));
end

assign ap_block_pp1_stage0 = ~(1'b1 == 1'b1);

always @ (*) begin
    ap_block_pp1_stage0_01001 = ((icmp_ln24_reg_271 == 1'd0) & (res_V_V_full_n == 1'b0) & (ap_enable_reg_pp1_iter1 == 1'b1));
end

always @ (*) begin
    ap_block_pp1_stage0_11001 = ((icmp_ln24_reg_271 == 1'd0) & (res_V_V_full_n == 1'b0) & (ap_enable_reg_pp1_iter1 == 1'b1));
end

always @ (*) begin
    ap_block_pp1_stage0_subdone = ((icmp_ln24_reg_271 == 1'd0) & (res_V_V_full_n == 1'b0) & (ap_enable_reg_pp1_iter1 == 1'b1));
end

assign ap_block_pp2_stage0 = ~(1'b1 == 1'b1);

always @ (*) begin
    ap_block_pp2_stage0_01001 = ((ap_enable_reg_pp2_iter1 == 1'b1) & (((icmp_ln121_reg_280 == 1'd0) & (data_V_V_empty_n == 1'b0)) | ((icmp_ln121_reg_280 == 1'd0) & (res_V_V_full_n == 1'b0))));
end

always @ (*) begin
    ap_block_pp2_stage0_11001 = ((ap_enable_reg_pp2_iter1 == 1'b1) & (((icmp_ln121_reg_280 == 1'd0) & (data_V_V_empty_n == 1'b0)) | ((icmp_ln121_reg_280 == 1'd0) & (res_V_V_full_n == 1'b0))));
end

always @ (*) begin
    ap_block_pp2_stage0_subdone = ((ap_enable_reg_pp2_iter1 == 1'b1) & (((icmp_ln121_reg_280 == 1'd0) & (data_V_V_empty_n == 1'b0)) | ((icmp_ln121_reg_280 == 1'd0) & (res_V_V_full_n == 1'b0))));
end

assign ap_block_pp3_stage0 = ~(1'b1 == 1'b1);

always @ (*) begin
    ap_block_pp3_stage0_01001 = ((icmp_ln24_4_reg_289 == 1'd0) & (res_V_V_full_n == 1'b0) & (ap_enable_reg_pp3_iter1 == 1'b1));
end

always @ (*) begin
    ap_block_pp3_stage0_11001 = ((icmp_ln24_4_reg_289 == 1'd0) & (res_V_V_full_n == 1'b0) & (ap_enable_reg_pp3_iter1 == 1'b1));
end

always @ (*) begin
    ap_block_pp3_stage0_subdone = ((icmp_ln24_4_reg_289 == 1'd0) & (res_V_V_full_n == 1'b0) & (ap_enable_reg_pp3_iter1 == 1'b1));
end

assign ap_block_pp4_stage0 = ~(1'b1 == 1'b1);

always @ (*) begin
    ap_block_pp4_stage0_01001 = ((icmp_ln130_reg_298 == 1'd0) & (res_V_V_full_n == 1'b0) & (ap_enable_reg_pp4_iter1 == 1'b1));
end

always @ (*) begin
    ap_block_pp4_stage0_11001 = ((icmp_ln130_reg_298 == 1'd0) & (res_V_V_full_n == 1'b0) & (ap_enable_reg_pp4_iter1 == 1'b1));
end

always @ (*) begin
    ap_block_pp4_stage0_subdone = ((icmp_ln130_reg_298 == 1'd0) & (res_V_V_full_n == 1'b0) & (ap_enable_reg_pp4_iter1 == 1'b1));
end

always @ (*) begin
    ap_block_state1 = ((ap_done_reg == 1'b1) | (real_start == 1'b0));
end

always @ (*) begin
    ap_block_state10_pp2_stage0_iter1 = (((icmp_ln121_reg_280 == 1'd0) & (data_V_V_empty_n == 1'b0)) | ((icmp_ln121_reg_280 == 1'd0) & (res_V_V_full_n == 1'b0)));
end

assign ap_block_state12_pp3_stage0_iter0 = ~(1'b1 == 1'b1);

always @ (*) begin
    ap_block_state13_pp3_stage0_iter1 = ((icmp_ln24_4_reg_289 == 1'd0) & (res_V_V_full_n == 1'b0));
end

assign ap_block_state15_pp4_stage0_iter0 = ~(1'b1 == 1'b1);

always @ (*) begin
    ap_block_state16_pp4_stage0_iter1 = ((icmp_ln130_reg_298 == 1'd0) & (res_V_V_full_n == 1'b0));
end

assign ap_block_state2_pp0_stage0_iter0 = ~(1'b1 == 1'b1);

always @ (*) begin
    ap_block_state3_pp0_stage0_iter1 = ((icmp_ln112_reg_253 == 1'd0) & (res_V_V_full_n == 1'b0));
end

assign ap_block_state6_pp1_stage0_iter0 = ~(1'b1 == 1'b1);

always @ (*) begin
    ap_block_state7_pp1_stage0_iter1 = ((icmp_ln24_reg_271 == 1'd0) & (res_V_V_full_n == 1'b0));
end

assign ap_block_state9_pp2_stage0_iter0 = ~(1'b1 == 1'b1);

assign ap_enable_pp0 = (ap_idle_pp0 ^ 1'b1);

assign ap_enable_pp1 = (ap_idle_pp1 ^ 1'b1);

assign ap_enable_pp2 = (ap_idle_pp2 ^ 1'b1);

assign ap_enable_pp3 = (ap_idle_pp3 ^ 1'b1);

assign ap_enable_pp4 = (ap_idle_pp4 ^ 1'b1);

assign ap_ready = internal_ap_ready;

assign c_4_fu_235_p2 = (c_0_i22_reg_159 + 6'd1);

assign c_fu_211_p2 = (c_0_i28_reg_137 + 6'd1);

assign i_fu_199_p2 = (i1_0_reg_126 + 6'd1);

assign icmp_ln112_fu_181_p2 = ((indvar_flatten_reg_115 == 11'd1088) ? 1'b1 : 1'b0);

assign icmp_ln117_fu_193_p2 = ((i1_0_reg_126 == 6'd32) ? 1'b1 : 1'b0);

assign icmp_ln121_fu_217_p2 = ((indvar_flatten11_reg_148 == 11'd1024) ? 1'b1 : 1'b0);

assign icmp_ln130_fu_241_p2 = ((indvar_flatten23_reg_170 == 11'd1088) ? 1'b1 : 1'b0);

assign icmp_ln24_4_fu_229_p2 = ((c_0_i22_reg_159 == 6'd32) ? 1'b1 : 1'b0);

assign icmp_ln24_fu_205_p2 = ((c_0_i28_reg_137 == 6'd32) ? 1'b1 : 1'b0);

assign start_out = real_start;

endmodule //zeropad2d_cl_ss_ap_fixed_ap_fixed_config29_s